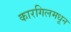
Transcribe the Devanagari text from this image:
कारगिलमधून